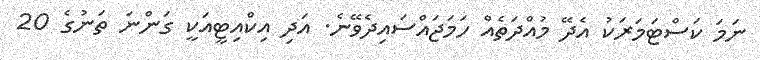
ނަމަ ކަސްޓަމަރަކު އެދޭ މުއްދަތެއް ހަމަޖައްސައިދެވޭނެ. އަދި އިކްއިޓީއަކީ ގަންނަ ތަނުގެ 20